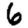
Digit: 6